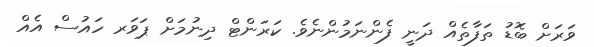
ވަރަށް ބޮޑު ތަފާތެއް ދަނީ ފެންނަމުންނެވެ. ކަރަންޓް ދިނުމަށް ޕަވަރ ހައުސް އެއް